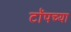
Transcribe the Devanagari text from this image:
टाॅपच्या